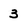
Character: 3